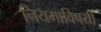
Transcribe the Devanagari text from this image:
नियमाविषयी